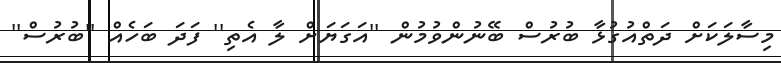
މިސާލަކަށް ދަތްއުގުޅާ ބުރުސް ބޭނުންވުމުން ''އަގަޔަށް ލާ އެތި'' ފަދަ ބަހެއް ''ބުރުސް''